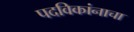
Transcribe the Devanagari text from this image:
पदविकांनाचा